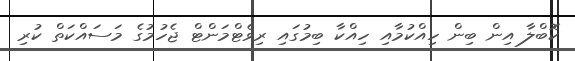
ކޮބްލާ އިން ބިން ހިއްކުމާއި ހިއްކާ ބިމުގައި ރިވެޓްމަންޓް ޖެހުމުގެ މަސައްކަތް ކުރި